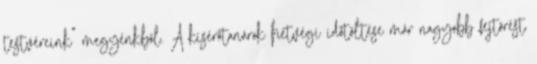
testvéreink” megyénkből. A kísérőtanárok hétvégi időtöltése már nagyobb fejtörést